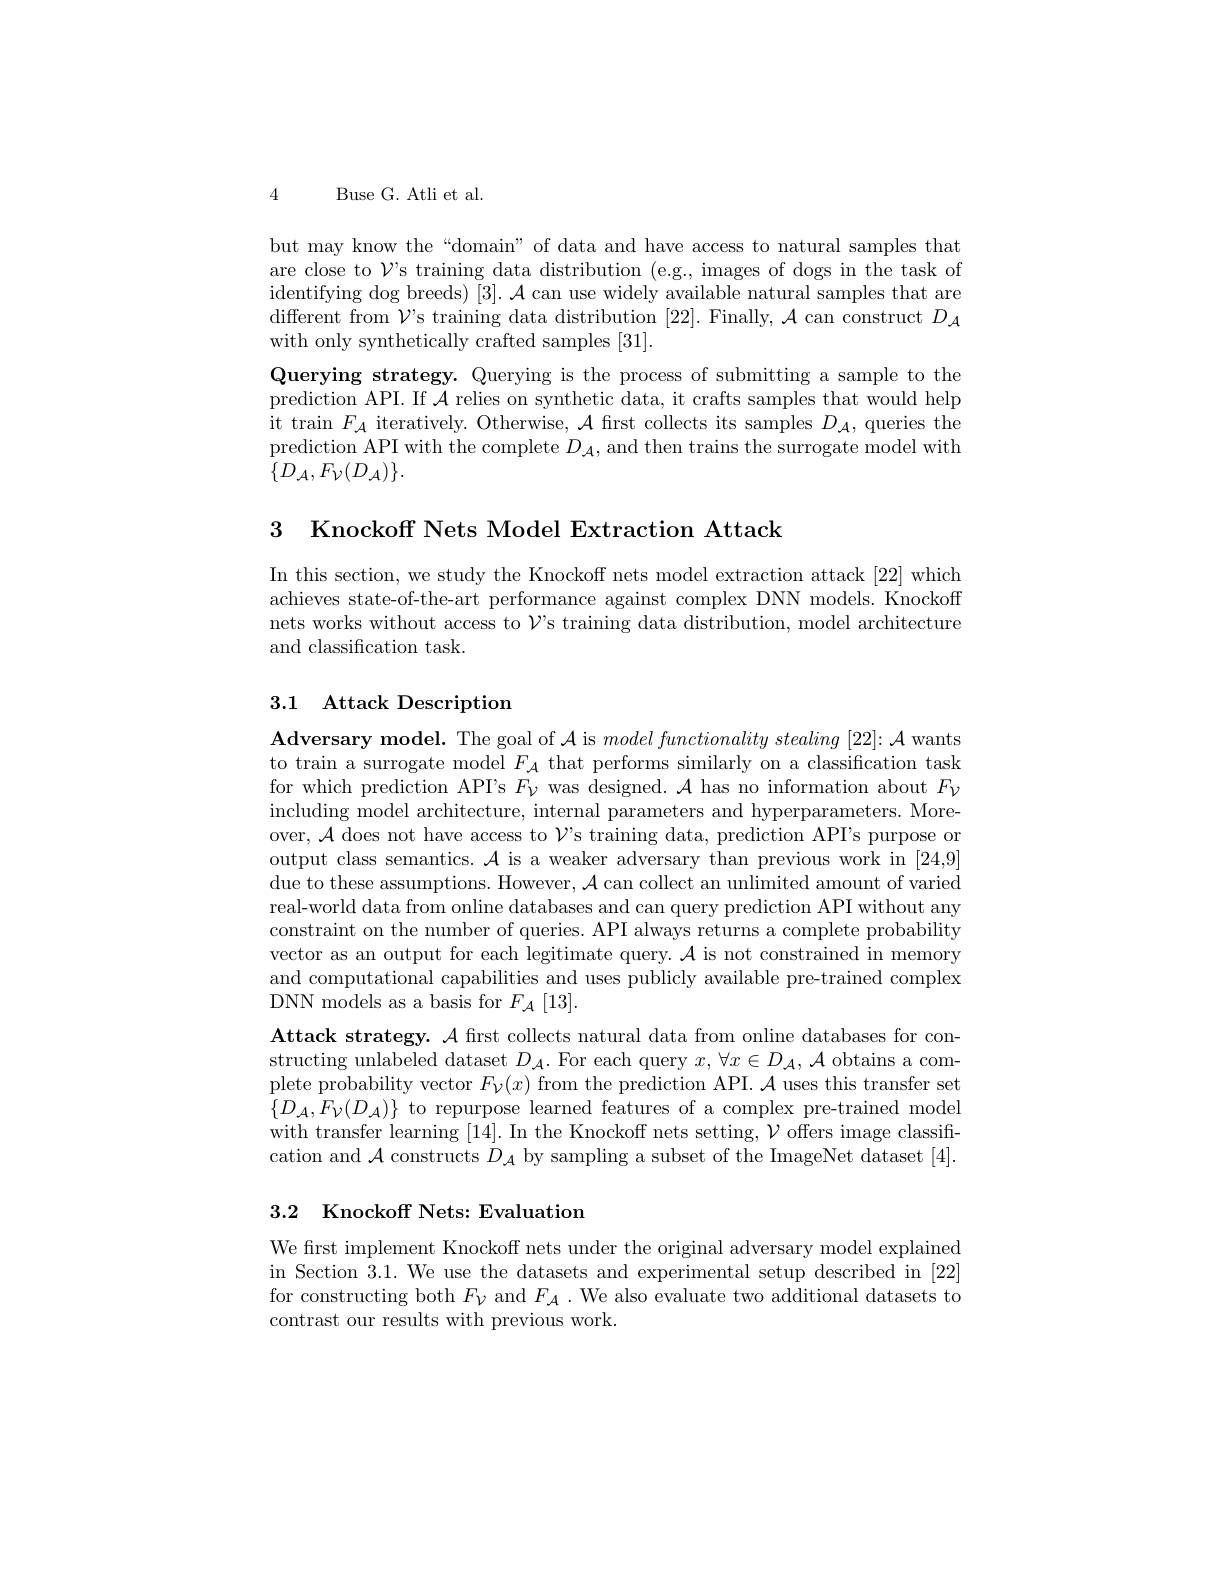
4

Buse G. Atli et al.

but may know the “domain” of data and have access to natural samples that are close to $\mathcal{V}$'s training data distribution (e.g., images of dogs in the task of identifying dog breeds) $[3].\mathcal{A}$ can use widely available natural samples that are different from $\mathcal{V}$s training data distribution [22]. Finally, $\mathcal{A}$ can construct $D_\mathcal{A}$ with only synthetically crafted samples [31]
Querying strategy. Querying is the process of submitting a sample to the prediction API. If $\mathcal{A}$ relies on synthetic data, it crafts samples that would help it train $F_{\mathcal{A}}$ iteratively. Otherwise, $\mathcal{A}$ first collects its samples $D_{\mathcal{A}}$,queries the prediction API with the complete $D_{\mathcal{A}}$,and then trains the surrogate model with $\{D_{\mathcal{A}},F_{\mathcal{V}}(D_{\mathcal{A}})\}.$

3 Knockoff Nets Model Extraction Attack

In this section, we study the Knockoff nets model extraction attack [22] which achieves state-of-the-art performance against complex DNN models. Knockoff nets works without access to $\mathcal{V}$s training data distribution, model architecture and classification task.

## 3.1 Attack Description

Adversary model. The goal of $\mathcal{A}$ is $modelfunctionality\textit{stealing [ 22] : A wants}$ to train a surrogate model $F_{\mathcal{A}}$ that performs similarly on a classification task for which prediction API's $F_{\nu}$ was designed. $\mathcal{A}$ has no information about $F_{\nu}$ including model architecture, internal parameters and hyperparameters. Moreover, $\mathcal{A}$ does not have access to $\mathcal{V}$'s training data, prediction API's purpose or output class semantics. $\mathcal{A}$ is a weaker adversary than previous work in [24,9] due to these assumptions. However, $\mathcal{A}$ can collect an unlimited amount of varied real-world data from online databases and can query prediction API without any constraint on the number of queries. API always returns a complete probability vector as an output for each legitimate query. $\mathcal{A}$ is not constrained in memory and computational capabilities and uses publicly available pre-trained complex DNN models as a basis for $F_{\mathcal{A}}[13].$
Attack strategy. $\mathcal{A}$ first collects natural data from online databases for constructing unlabeled dataset $D_{\mathcal{A}}.$ For each query $x,\forall x\in D_{\mathcal{A}},\mathcal{A}$ obtains a complete probability vector $F_\mathcal{V}(x)$ from the prediction API. $\mathcal{A}$ uses this transfer set $\{D_{\mathcal{A}},F_{\mathcal{V}}(D_{\mathcal{A}})\}$ to repurpose learned features of a complex pre-trained model with transfer learning [14]. In the Knockoff nets setting, $\mathcal{V}$ offers image classification and $\mathcal{A}$ constructs $D_\mathcal{A}$ by sampling a subset of the ImageNet dataset [4].

## 3.2 Knockoff Nets: Evaluation

We frst implement Knockoff nets under the original adversary model explained in Section 3.1. We use the datasets and experimental setup described in [22] for constructing both $F_{\mathcal{V}}$ and $F_{\mathcal{A}}.$ We also evaluate two additional datasets to contrast our results with previous work.